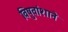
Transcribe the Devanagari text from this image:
विषुवांशाने